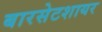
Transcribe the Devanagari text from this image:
बारसेटशायर